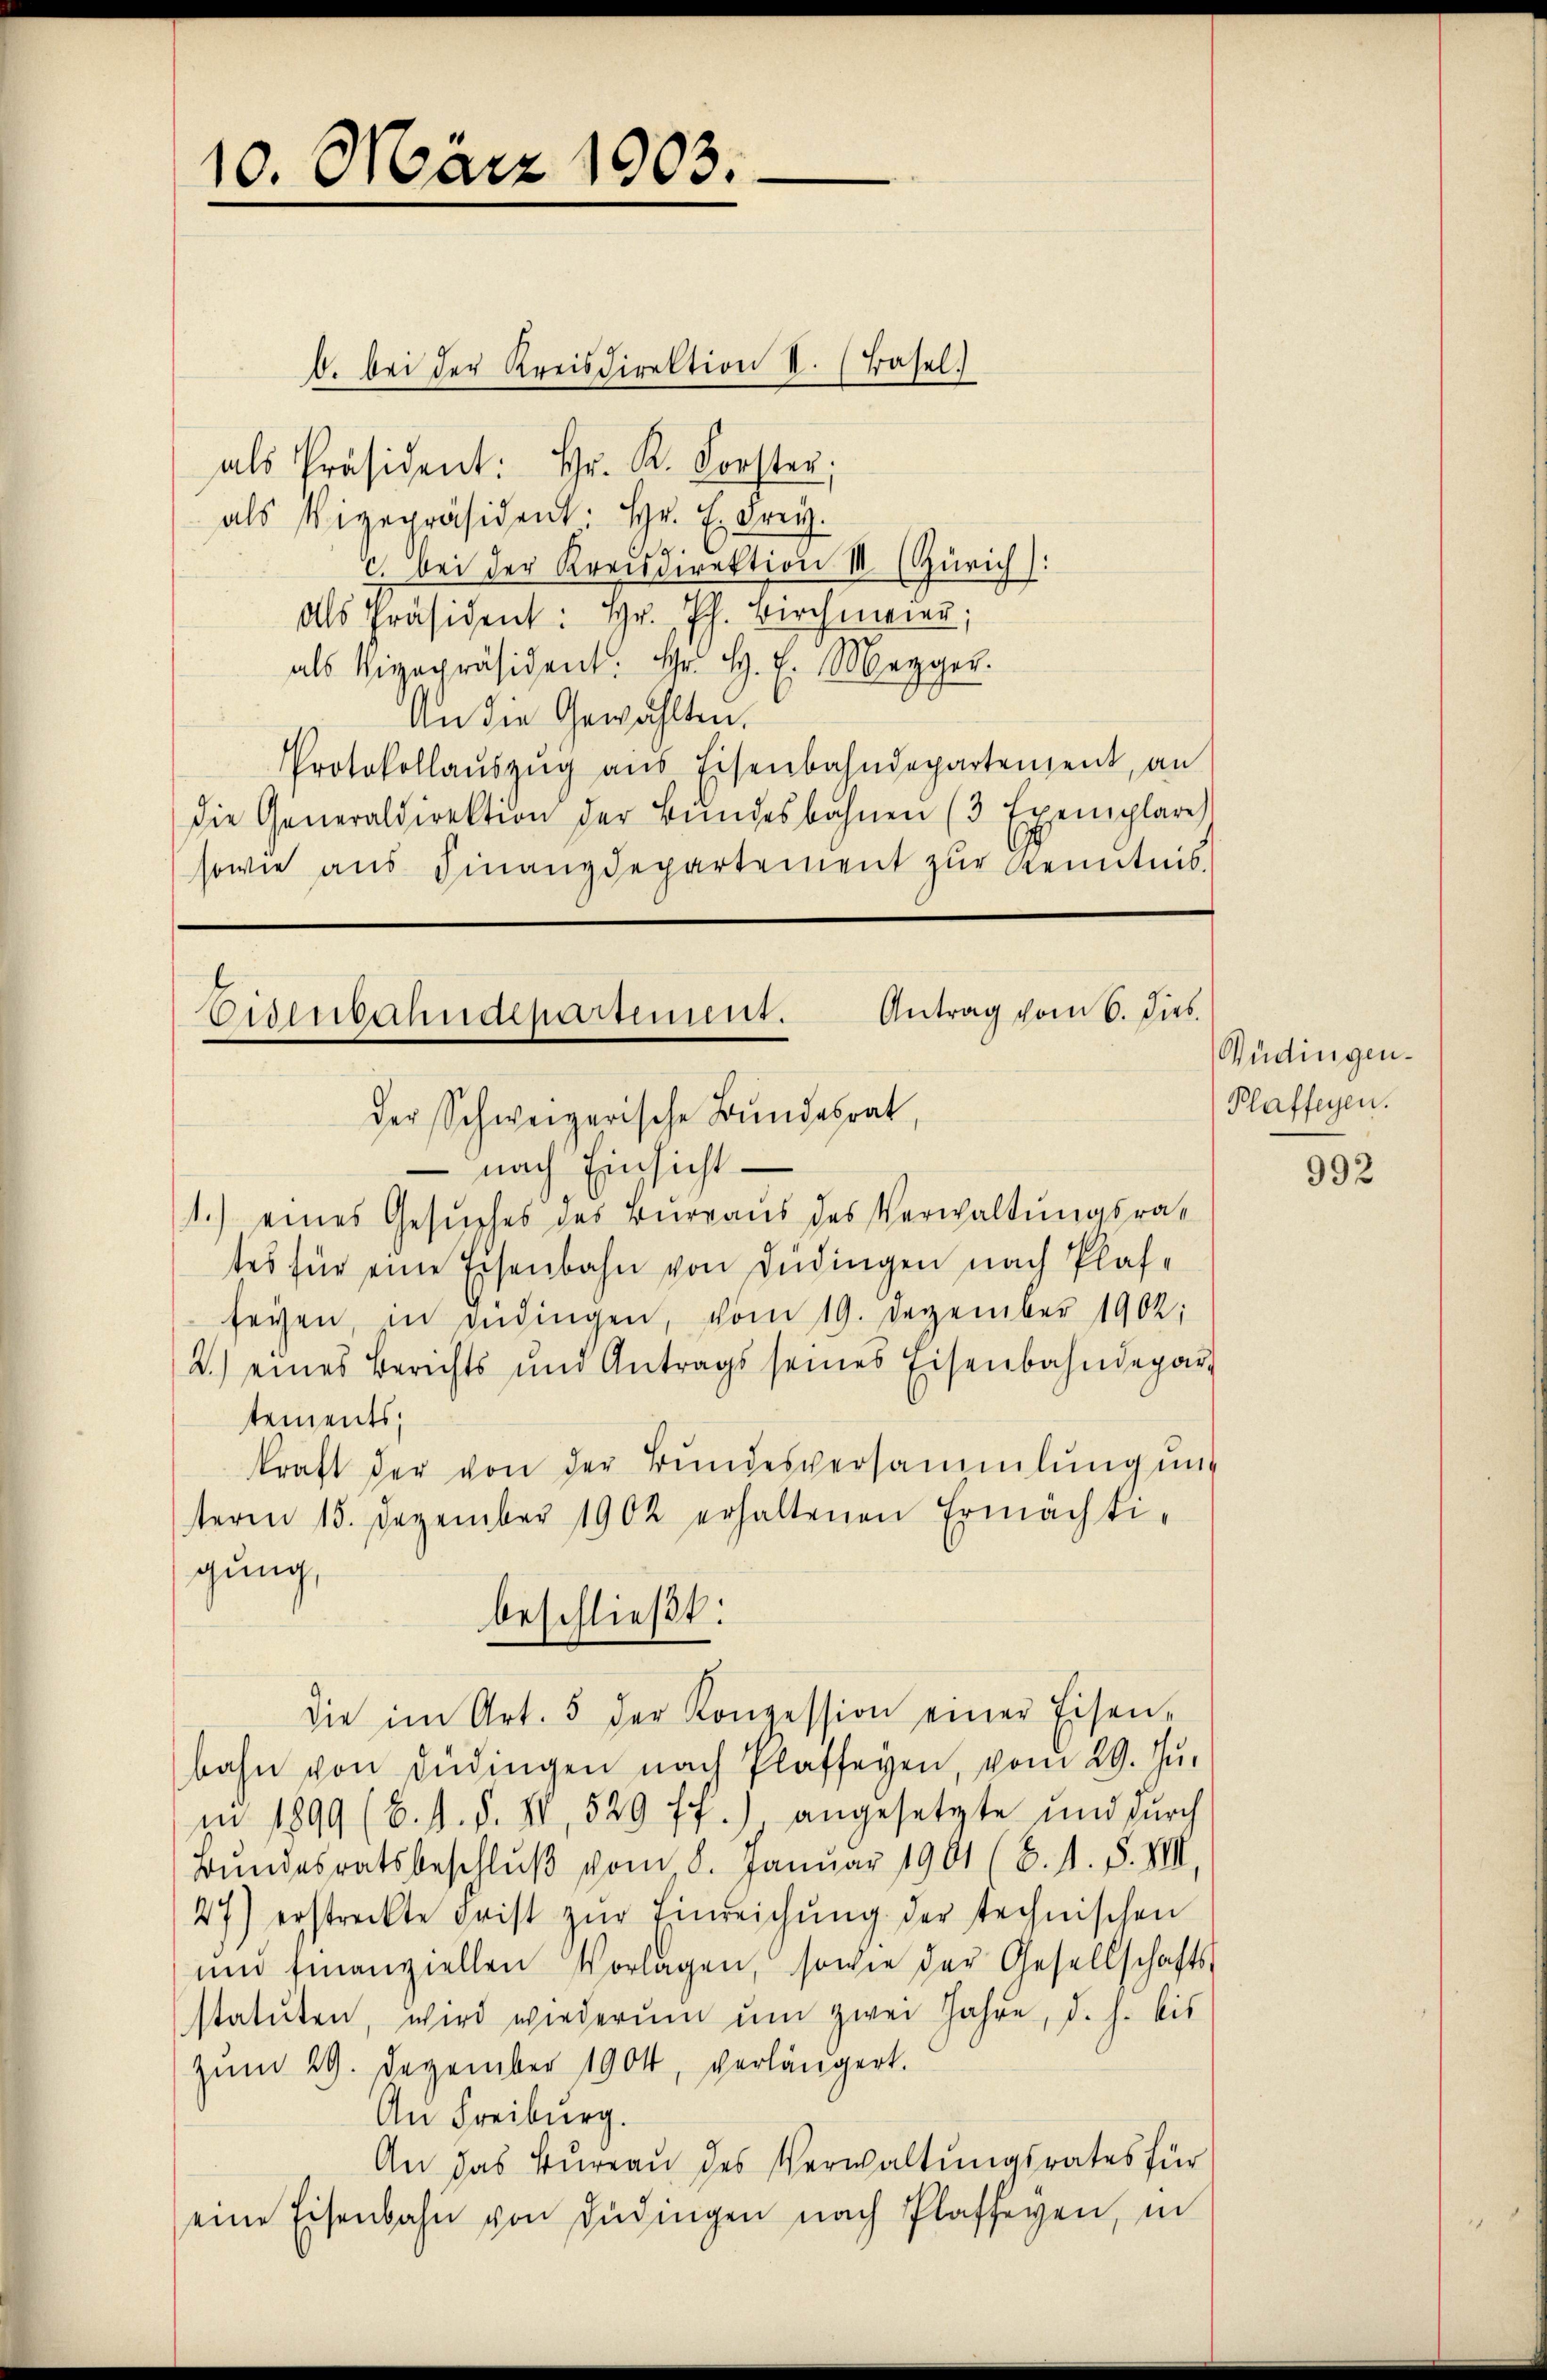
10. März 1903.

b. bei der Kreisdirektion II. (Basel.
als Präsident: Hr. R. Forster;
als Vigepräsident: Hr. E. Frei
9
c. bei der Kreisdirektion III (Zürich:
Als Präsident: Hr. Ph. Birchmeier;
als Vizepräsident: Hr. H. E. Meyer.
An die Gewählten.
Protokollaŭszŭg aŭs Eisenbahndepartement, an
die Generaldirektion der Bŭndesbahnen (3 Exemplare
sowie aus Finanzdepartement zŭr Kenntnis

Antrag vom 6. dies.
Eisenbahndepartement.
der Schweizerische Bundesrat,
 nach Einsicht¬
1.) eines Gesŭches des Büreaŭs des Verwaltungsra¬

beschließt:
die im Art. 5 der Konzession einer Eisen-

tes für eine Eisenbahn von Düdingen nach Plafseyen, in Bedingen, vom 19. Dezember 1902:
2.) eines Berichts und Antrags seines Eisenbahndepar
tements.
kraft der von der Bundesversammlung und
term 15. Dezember 1902 erhaltenen Ermächti-
gung,
bahn von Lüdingen nach Plafseyen, vom 29. Ju
in 1899 (8. d. d. IV 529 ff.) angesetzte und dŭrch
Bundesratsbeschluß vom 8. Januar 1901 (S. 11. d. VIII.
27) erstreckte Frist zŭr Einreichŭng der technischen
und finanziellen Vorlagen, sowie der Gesellschafts-
statuten, wird wiederŭm ŭm zwei Jahre, d. h. bis
zum 29. Dezember 1904, verlängert.
An Freiburg.
An das Bureau des Verwaltungsrates für
eine Eisenbahn von Büdingen nach Plafferen, in

Büdingen.
Plaffegen.

992